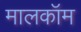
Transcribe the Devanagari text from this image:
मालकॉम